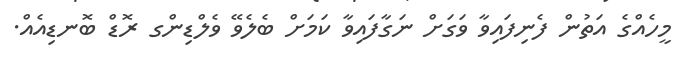
މީހެއްގެ އަތުން ފެނިފައިވާ ވަގަށް ނަގާފައިވާ ކަމަށް ބެލެވޭ ވެލްޑިންގ ރޮޑް ބޮނޑިއެއް.